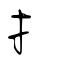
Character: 扌